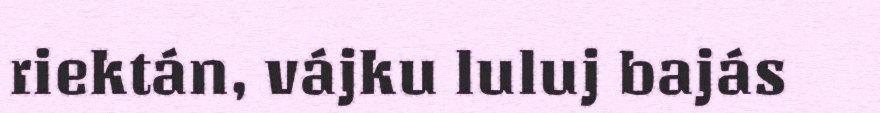
riektán, vájku luluj bajás